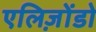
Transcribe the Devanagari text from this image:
एलिज़ोंडो